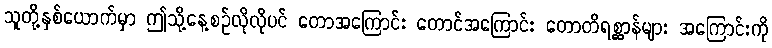
သူတို့နှစ်ယောက်မှာ ဤသို့နေ့စဉ်လိုလိုပင် တောအကြောင်း တောင်အကြောင်း တောတိရစ္ဆာန်များ အကြောင်းကို